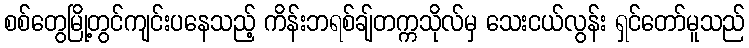
စစ်တွေမြို့တွင်ကျင်းပနေသည့် ကိန်းဘရစ်ချ်တက္ကသိုလ်မှ သေးငယ်လွန်း ရှင်တော်မူသည်